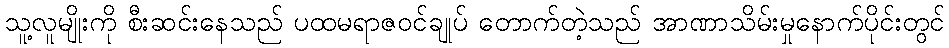
သူ့လူမျိုးကို စီးဆင်းနေသည် ပထမရာဇဝင်ချုပ် တောက်တဲ့သည် အာဏာသိမ်းမှုနောက်ပိုင်းတွင်